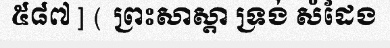
៥៨៧ ] ( ព្រះសាស្តា ទ្រង់ សំដែង